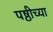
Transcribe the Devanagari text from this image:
पष्ठीच्या